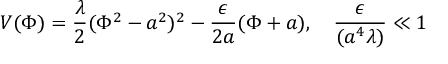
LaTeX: V ( \Phi ) = \frac { \lambda } { 2 } ( \Phi ^ { 2 } - a ^ { 2 } ) ^ { 2 } - \frac { \epsilon } { 2 a } ( \Phi + a ) , \quad \frac { \epsilon } { ( a ^ { 4 } \lambda ) } \ll 1 \quad \;